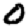
Digit: 0